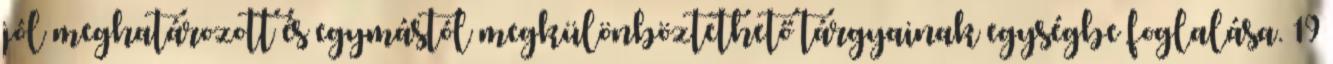
jól meghatározott és egymástól megkülönböztethető tárgyainak egységbe foglalása. 19